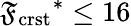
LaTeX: {\mathfrak{F}_{\mathrm{{crst}}}}^{*}\leq16